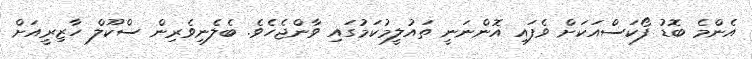
އެންމެ ބޮޑު ފޯކަސްއަކަށް ވެފައި އޮންނަނީ ތައުލީމުކަމުގައި ވާންޖެހެވެ. ބެލެނިވެރިން ސްކޫލް ހާޒިރީއަށް